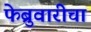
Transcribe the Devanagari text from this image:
फेब्रुवारीचा